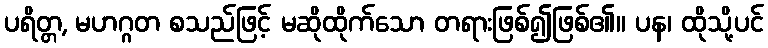
ပရိတ္တ, မဟဂ္ဂတ စသည်ဖြင့် မဆိုထိုက်သော တရားဖြစ်၍ဖြစ်၏။ ပန၊ ထိုသို့ပင်